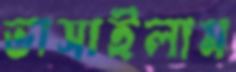
ভাসাইলাম